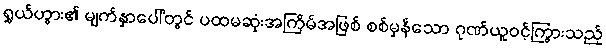
ရွှယ်ဟွား၏ မျက်နှာပေါ်တွင် ပထမဆုံးအကြိမ်အဖြစ် စစ်မှန်သော ဂုဏ်ယူဝင့်ကြွားသည့်